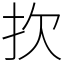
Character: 扻